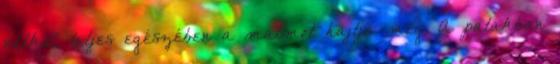
nélkül, teljes egészében a malmot hajtja meg. A patakban